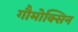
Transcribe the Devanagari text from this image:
गौमोक्सिन